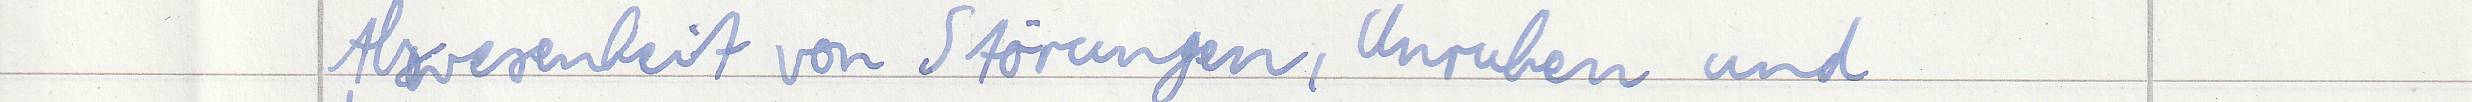
Abwesenheit von Störungen, Unruhen und